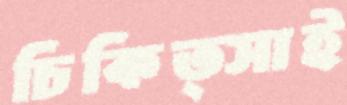
চিকিত্সাই